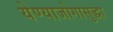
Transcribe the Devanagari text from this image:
येण्याजोगासुद्धा